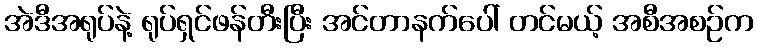
အဲဒီအရုပ်နဲ့ ရုပ်ရှင်ဖန်တီးပြီး အင်တာနက်ပေါ် တင်မယ့် အစီအစဉ်က